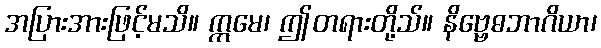
အပြားအားဖြင့်မသိ။ ဣမေ၊ ဤတရားတို့သ်။ နိဗ္ဗေဓဘာဂိယာ၊